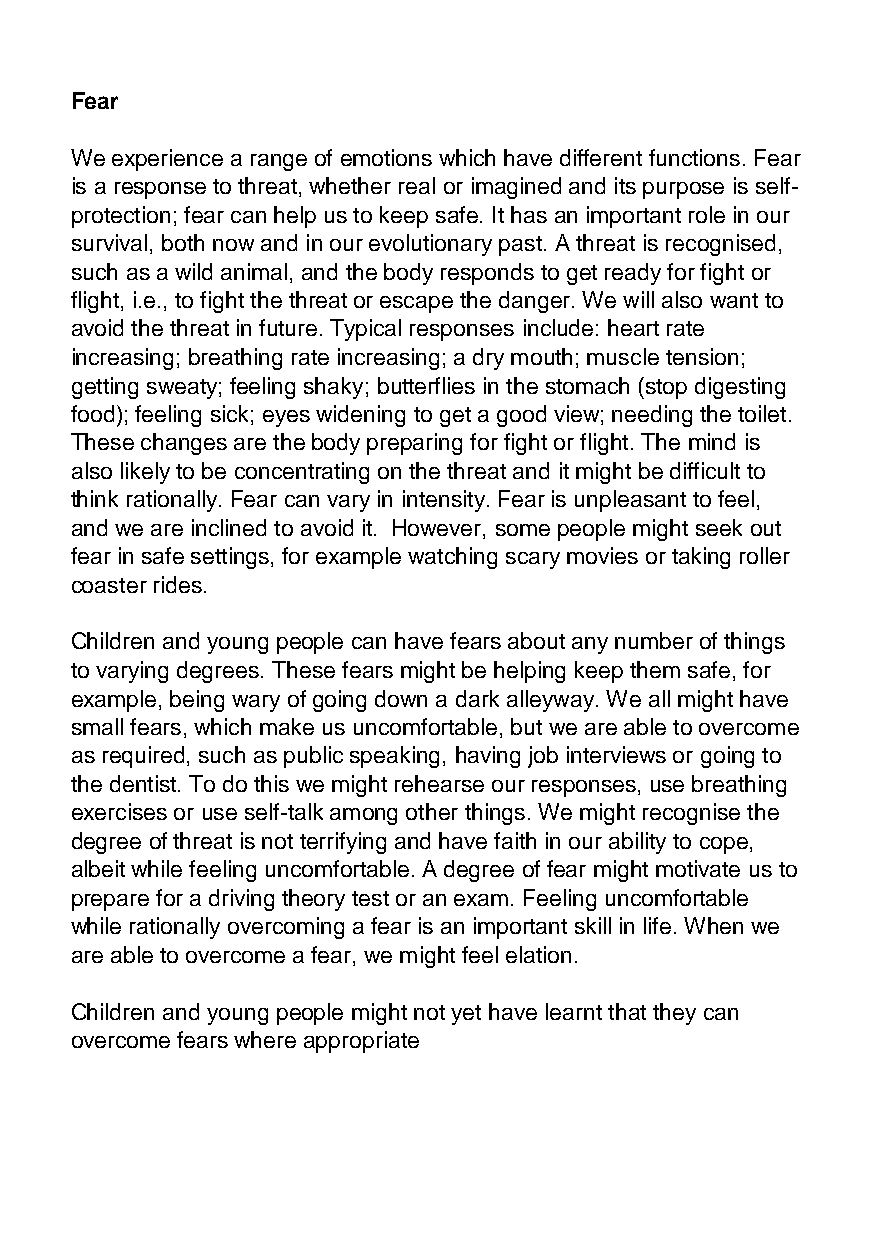
Fear
 We experience a range of emotions which have different functions. Fear
 is a response to threat, whether real or imagined and its purpose is self-
 protection; fear can help us to keep safe. It has an important role in our
 survival, both now and in our evolutionary past. A threat is recognised,
 such as a wild animal, and the body responds to get ready for fight or
 flight, i.e., to fight the threat or escape the danger. We will also want to
 avoid the threat in future. Typical responses include: heart rate
 increasing; breathing rate increasing; a dry mouth; muscle tension;
 getting sweaty; feeling shaky; butterflies in the stomach (stop digesting
 food); feeling sick; eyes widening to get a good view; needing the toilet.
 These changes are the body preparing for fight or flight. The mind is
 also likely to be concentrating on the threat and it might be difficult to
 think rationally. Fear can vary in intensity. Fear is unpleasant to feel,
 and we are inclined to avoid it. However, some people might seek out
 fear in safe settings, for example watching scary movies or taking roller
 coaster rides.
 Children and young people can have fears about any number of things
 to varying degrees. These fears might be helping keep them safe, for
 example, being wary of going down a dark alleyway. We all might have
 small fears, which make us uncomfortable, but we are able to overcome
 as required, such as public speaking, having job interviews or going to
 the dentist. To do this we might rehearse our responses, use breathing
 exercises or use self-talk among other things. We might recognise the
 degree of threat is not terrifying and have faith in our ability to cope,
 albeit while feeling uncomfortable. A degree of fear might motivate us to
 prepare for a driving theory test or an exam. Feeling uncomfortable
 while rationally overcoming a fear is an important skill in life. When we
 are able to overcome a fear, we might feel elation.
 Children and young people might not yet have learnt that they can
 overcome fears where appropriate